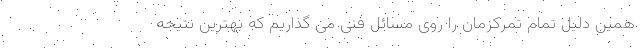
همین دلیل تمام تمرکزمان را روی مسائل فنی می گذاریم که بهترین نتیجه